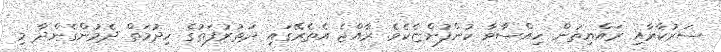
ސަރުކާރާއި ރައްޔިތުން ހިއްސާވާ ކުންފުންޏެކެވެ. ރާއްޖެ އެތެރޭގައި ދަތުރުފަތުގެ ހިދުމަތް ދެމުންގެންދާ މި